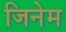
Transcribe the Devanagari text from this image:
जिनेम